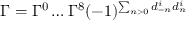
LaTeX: \Gamma = \Gamma ^ { 0 } \ldots \Gamma ^ { 8 } ( - 1 ) ^ { \sum _ { n > 0 } d _ { - n } ^ { i } d _ { n } ^ { i } }